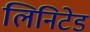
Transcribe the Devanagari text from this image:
लिनिटेड